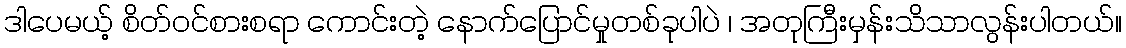
ဒါပေမယ့် စိတ်ဝင်စားစရာ ကောင်းတဲ့ နောက်ပြောင်မှုတစ်ခုပါပဲ ၊ အတုကြီးမှန်းသိသာလွန်းပါတယ်။